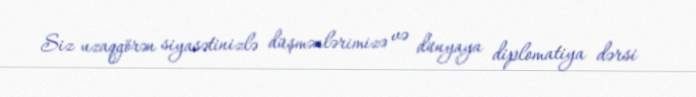
Siz uzaqgörən siyasətinizlə düşmənlərimizə və dünyaya diplomatiya dərsi